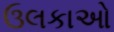
ઉલકાઓ